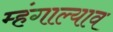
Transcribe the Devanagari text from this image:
म्हंगाल्याव